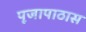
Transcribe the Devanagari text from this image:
पूजापाठास